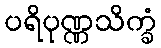
ပရိပုဏ္ဏသိက္ခံ